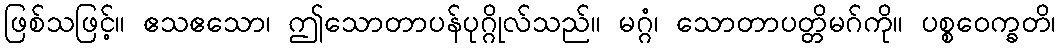
ဖြစ်သဖြင့်။ ဧသဧသော၊ ဤသောတာပန်ပုဂ္ဂိုလ်သည်။ မဂ္ဂံ၊ သောတာပတ္တိမဂ်ကို။ ပစ္စဝေက္ခတိ၊